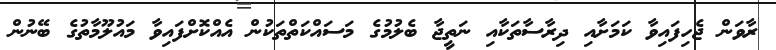
ރާވަން ޖެހިފައިވާ ކަމަށާއި ދިރާސާތަކާއި ނަތީޖާ ބެލުމުގެ މަސައްކަތްތަކުން އެއްކޮށްފައިވާ މައުލޫމާތުގެ ބޭނުން